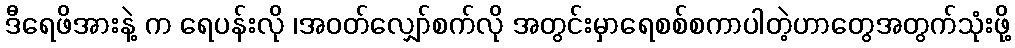
ဒီရေဖိအားနဲ့ က ရေပန်းလို ၊အဝတ်လျှော်စက်လို အတွင်းမှာရေစစ်စကာပါတဲ့ဟာတွေအတွက်သုံးဖို့